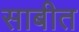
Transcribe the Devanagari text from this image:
साबीत